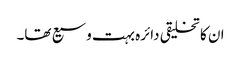
ان کا تخلیقی دائرہ بہت وسیع تھا۔